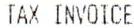
TAX INVOICE